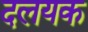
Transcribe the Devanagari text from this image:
दलयक